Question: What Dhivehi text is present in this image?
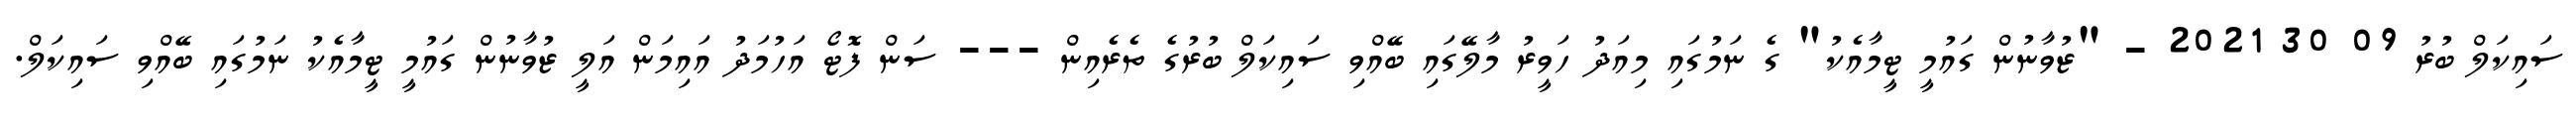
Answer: ސައިކަލް ބުރު 09 30 2021 - "ޒުވާނުން ގައުމީ ޓީމާއެކު" ގެ ނަމުގައި މިއަދު ހަވީރު މާލޭގައި ބޭއްވި ސައިކަލް ބުރުގެ ތެރެއިން --- ސަން ފޮޓޯ އަހުމަދު އައިމަން އަލީ ޒުވާނުން ގައުމީ ޓީމާއެކު ނަމުގައި ބޭއްވި ސައިކަލް.